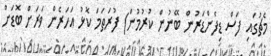
މެޗުގައި ފަސް ޑިފެންޑަރުން ބޭނުން ކުރުމުން) ފުރަތަމަ ކޮޅު އަހަރެން ވަރަށް ބޮޑަށް